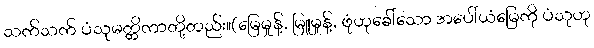
သက်သက် ပံသုမတ္တိကာတို့တည်း။(မြေမှုန့်, မြူမှုန့်, ဖုံဟုခေါ်သော အပေါ်ယံမြေကို ပံသုဟု